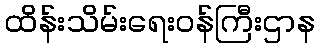
ထိန်းသိမ်းရေးဝန်ကြီးဌာန